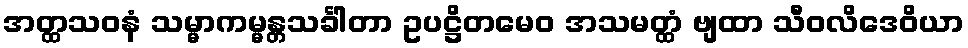
အတ္ထသဝနံ သမ္မာကမ္မန္တသင်္ခါတာ ဥပဋ္ဌိတမေဝ အသမတ္ထံ ဗျထာ သီဝလိဒေဝိယာ